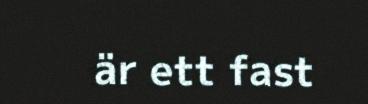
är ett fast